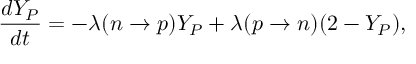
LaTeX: { \frac { d Y _ { P } } { d t } } = - \lambda ( n \to p ) Y _ { P } + \lambda ( p \to n ) ( 2 - Y _ { P } ) ,